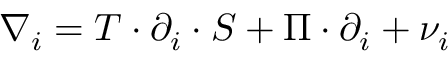
\nabla _ { i } = T \cdot \partial _ { i } \cdot S + \Pi \cdot \partial _ { i } + \nu _ { i }